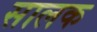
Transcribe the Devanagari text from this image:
सालक